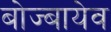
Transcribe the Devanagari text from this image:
बोज्बायेव